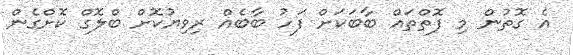
އެ ގޮތުން މި ފޮތްތައް ބާބަކަށް ފަހު ބާބެއް ރިވިޔުކޮށް ބްލޮގް ކޮށްގެން